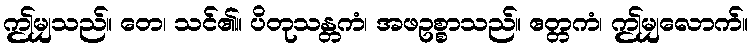
ဤမျှသည်။ တေ၊ သင်၏။ ပိတုသန္တကံ၊ အဖဥစ္စာသည်။ ဧတ္တကံ၊ ဤမျှလောက်။